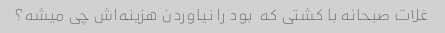
غلات صبحانه با کشتی که  بود را نیاوردن هزینه‌اش چی میشه؟